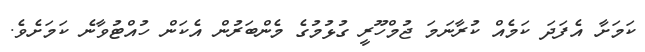
ކަމަށާ އެފަދަ ކަމެއް ކުރާނަމަ ޖުމްހޫރީ ގުޅުމުގެ މެންބަރުން އެކަން ހުއްޓުވާނެ ކަމަށެވެ.